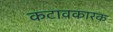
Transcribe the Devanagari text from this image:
कटावकारक